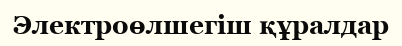
Электроөлшегіш құралдар